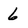
Character: 6